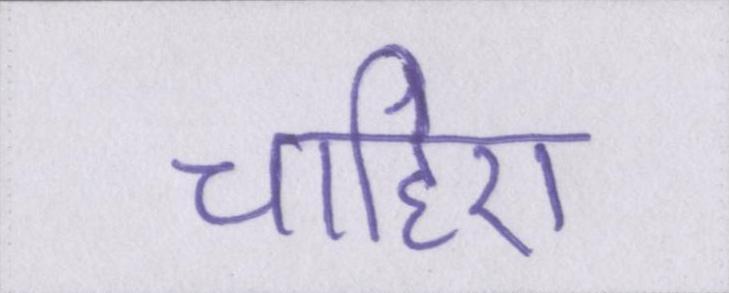
चाहिए